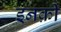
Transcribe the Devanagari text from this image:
इनक़ी